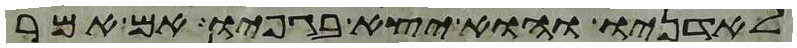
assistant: לאדניו והוא יצא בגפיו אם אמר